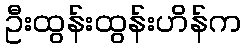
ဦးထွန်းထွန်းဟိန်က